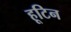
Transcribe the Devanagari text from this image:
हूटिन